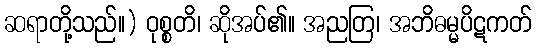
ဆရာတို့သည်။) ဝုစ္စတိ၊ ဆိုအပ်၏။ အညတြ၊ အဘိဓမ္မပိဋကတ်